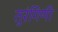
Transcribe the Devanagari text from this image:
तुरंगिणी